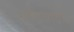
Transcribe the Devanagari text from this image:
गुणवर्णंन